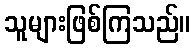
သူများဖြစ်ကြသည်။